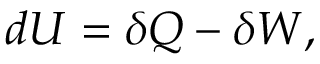
d U = \delta Q - \delta W ,